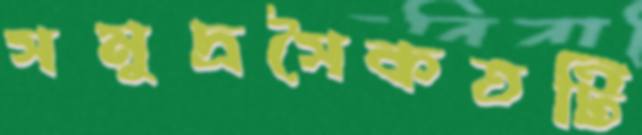
সমুদ্রসৈকতটি